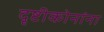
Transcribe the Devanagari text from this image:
दृष्टीकोनांना